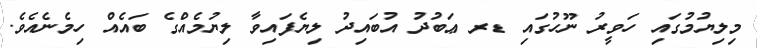
މިލިޔުމުގައި ހަވީރު ނޫހުގައި ޑރ ޢަބުދު އުބައިދު ލިޔެފައިވާ ލިޔުމެއްގެ ބައެއް ހިމެނެއެވެ.